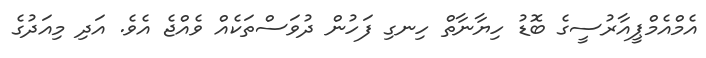
އެމްއެމްޕީއާރުސީގެ ބޮޑު ހިޔާނާތް ހިނގި ފަހުން ދުވަސްތަކެއް ވެއްޖެ އެވެ. އަދި މިއަދުގެ